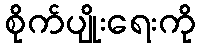
စိုက်ပျိုးရေးကို